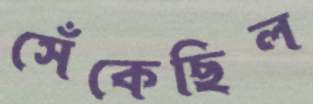
সেঁকেছিল